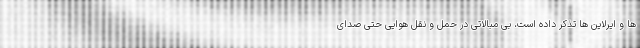
ها و ایرلاین ها تذکر داده است، بی مبالاتی در حمل و نقل هوایی حتی صدای